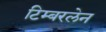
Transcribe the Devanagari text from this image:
टिम्बरलेन